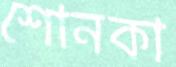
শোনকা